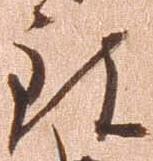
致